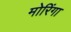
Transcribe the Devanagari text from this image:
मोरिंगा